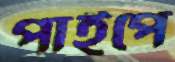
পাইপে